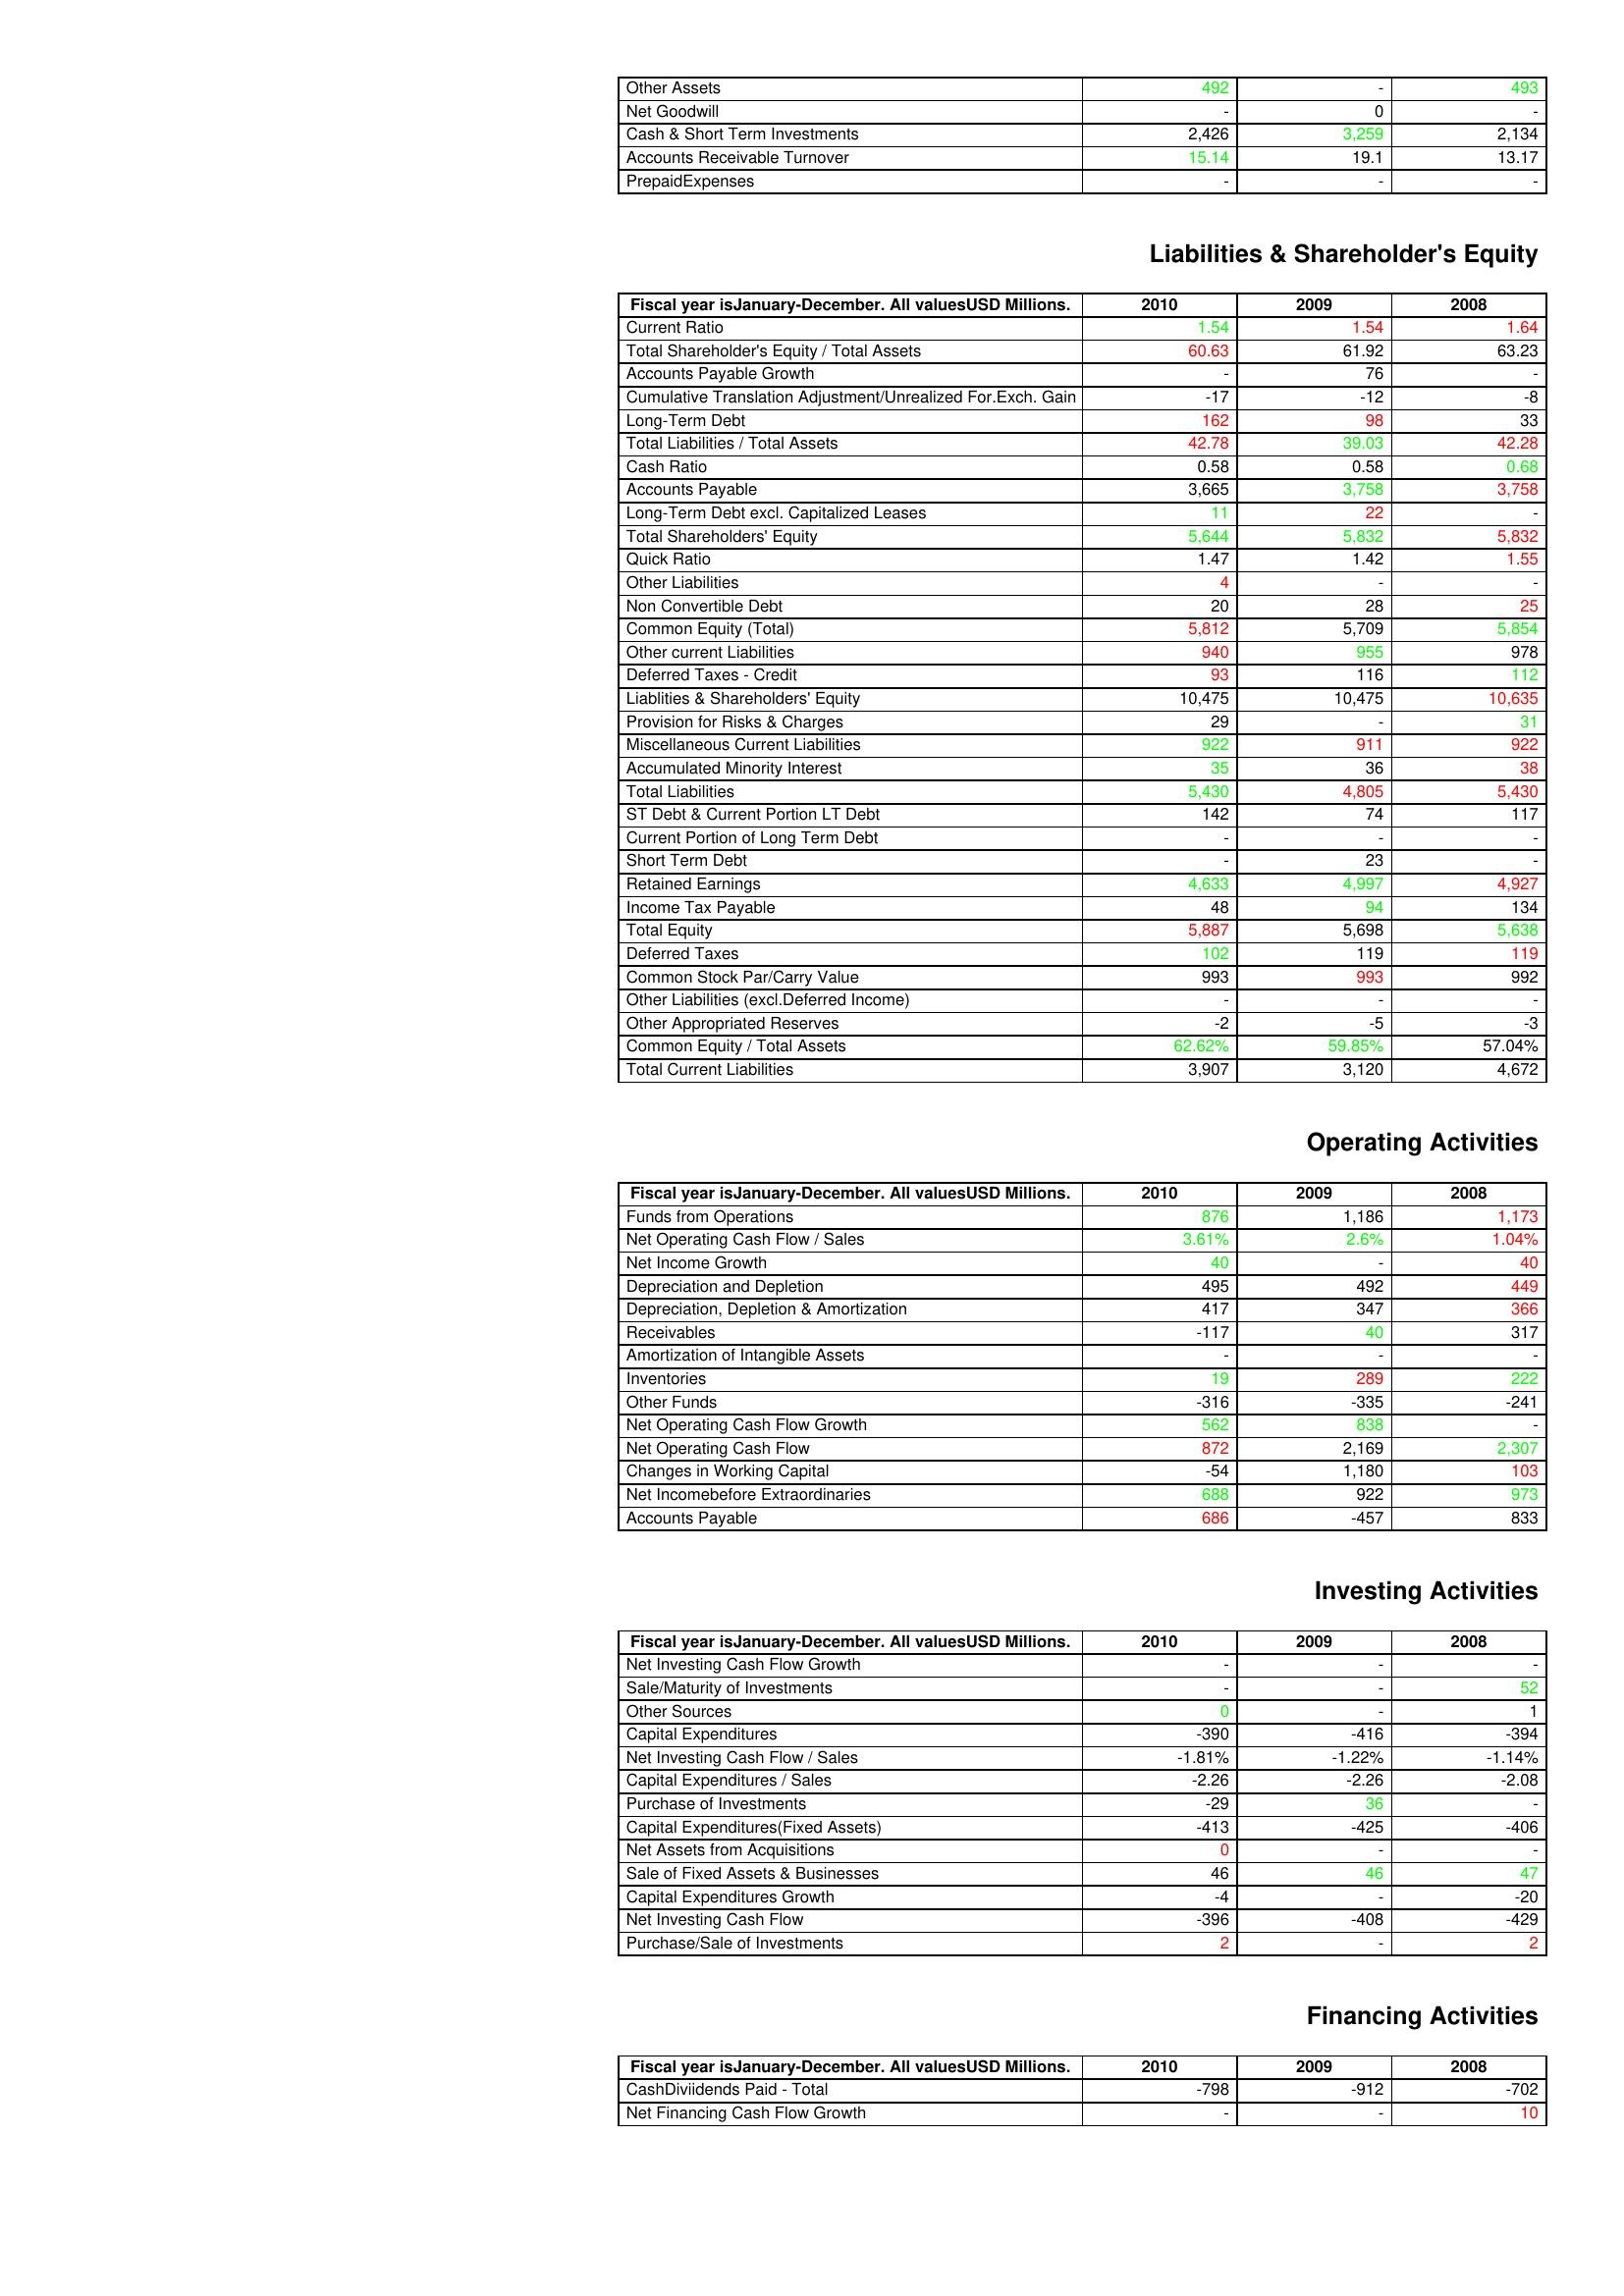
gt_parse: 2010: Assets: Other Assets: 492
Net Goodwill: -
Cash & Short Term Investments: 2,426
Accounts Receivable Turnover: 15.14
PrepaidExpenses: -
Liabilities & Shareholder's Equity: Current Ratio: 1.54
Total Shareholder's Equity / Total Assets: 60.63
Accounts Payable Growth: -
Cumulative Translation Adjustment/Unrealized For.Exch. Gain: -17
Long-Term Debt: 162
Total Liabilities / Total Assets: 42.78
Cash Ratio: 0.58
Accounts Payable: 3,665
Long-Term Debt excl. Capitalized Leases: 11
Total Shareholders' Equity: 5,644
Quick Ratio: 1.47
Other Liabilities: 4
Non Convertible Debt: 20
Common Equity (Total): 5,812
Other current Liabilities: 940
Deferred Taxes - Credit: 93
Liablities & Shareholders' Equity: 10,475
Provision for Risks & Charges: 29
Miscellaneous Current Liabilities: 922
Accumulated Minority Interest: 35
Total Liabilities: 5,430
ST Debt & Current Portion LT Debt: 142
Current Portion of Long Term Debt: -
Short Term Debt: -
Retained Earnings: 4,633
Income Tax Payable: 48
Total Equity: 5,887
Deferred Taxes: 102
Common Stock Par/Carry Value: 993
Other Liabilities (excl.Deferred Income): -
Other Appropriated Reserves: -2
Common Equity / Total Assets: 62.62%
Total Current Liabilities: 3,907
Operating Activities: Funds from Operations: 876
Net Operating Cash Flow / Sales: 3.61%
Net Income Growth: 40
Depreciation and Depletion: 495
Depreciation, Depletion & Amortization: 417
Receivables: -117
Amortization of Intangible Assets: -
Inventories: 19
Other Funds: -316
Net Operating Cash Flow Growth: 562
Net Operating Cash Flow: 872
Changes in Working Capital: -54
Net Incomebefore Extraordinaries: 688
Accounts Payable: 686
Investing Activities: Net Investing Cash Flow Growth: -
Sale/Maturity of Investments: -
Other Sources: 0
Capital Expenditures: -390
Net Investing Cash Flow / Sales: -1.81%
Capital Expenditures / Sales: -2.26
Purchase of Investments: -29
Capital Expenditures(Fixed Assets): -413
Net Assets from Acquisitions: 0
Sale of Fixed Assets & Businesses: 46
Capital Expenditures Growth: -4
Net Investing Cash Flow: -396
Purchase/Sale of Investments: 2
Financing Activities: CashDiviidends Paid - Total: -798
Net Financing Cash Flow Growth: -
2009: Assets: Other Assets: -
Net Goodwill: 0
Cash & Short Term Investments: 3,259
Accounts Receivable Turnover: 19.1
PrepaidExpenses: -
Liabilities & Shareholder's Equity: Current Ratio: 1.54
Total Shareholder's Equity / Total Assets: 61.92
Accounts Payable Growth: 76
Cumulative Translation Adjustment/Unrealized For.Exch. Gain: -12
Long-Term Debt: 98
Total Liabilities / Total Assets: 39.03
Cash Ratio: 0.58
Accounts Payable: 3,758
Long-Term Debt excl. Capitalized Leases: 22
Total Shareholders' Equity: 5,832
Quick Ratio: 1.42
Other Liabilities: -
Non Convertible Debt: 28
Common Equity (Total): 5,709
Other current Liabilities: 955
Deferred Taxes - Credit: 116
Liablities & Shareholders' Equity: 10,475
Provision for Risks & Charges: -
Miscellaneous Current Liabilities: 911
Accumulated Minority Interest: 36
Total Liabilities: 4,805
ST Debt & Current Portion LT Debt: 74
Current Portion of Long Term Debt: -
Short Term Debt: 23
Retained Earnings: 4,997
Income Tax Payable: 94
Total Equity: 5,698
Deferred Taxes: 119
Common Stock Par/Carry Value: 993
Other Liabilities (excl.Deferred Income): -
Other Appropriated Reserves: -5
Common Equity / Total Assets: 59.85%
Total Current Liabilities: 3,120
Operating Activities: Funds from Operations: 1,186
Net Operating Cash Flow / Sales: 2.6%
Net Income Growth: -
Depreciation and Depletion: 492
Depreciation, Depletion & Amortization: 347
Receivables: 40
Amortization of Intangible Assets: -
Inventories: 289
Other Funds: -335
Net Operating Cash Flow Growth: 838
Net Operating Cash Flow: 2,169
Changes in Working Capital: 1,180
Net Incomebefore Extraordinaries: 922
Accounts Payable: -457
Investing Activities: Net Investing Cash Flow Growth: -
Sale/Maturity of Investments: -
Other Sources: -
Capital Expenditures: -416
Net Investing Cash Flow / Sales: -1.22%
Capital Expenditures / Sales: -2.26
Purchase of Investments: 36
Capital Expenditures(Fixed Assets): -425
Net Assets from Acquisitions: -
Sale of Fixed Assets & Businesses: 46
Capital Expenditures Growth: -
Net Investing Cash Flow: -408
Purchase/Sale of Investments: -
Financing Activities: CashDiviidends Paid - Total: -912
Net Financing Cash Flow Growth: -
2008: Assets: Other Assets: 493
Net Goodwill: -
Cash & Short Term Investments: 2,134
Accounts Receivable Turnover: 13.17
PrepaidExpenses: -
Liabilities & Shareholder's Equity: Current Ratio: 1.64
Total Shareholder's Equity / Total Assets: 63.23
Accounts Payable Growth: -
Cumulative Translation Adjustment/Unrealized For.Exch. Gain: -8
Long-Term Debt: 33
Total Liabilities / Total Assets: 42.28
Cash Ratio: 0.68
Accounts Payable: 3,758
Long-Term Debt excl. Capitalized Leases: -
Total Shareholders' Equity: 5,832
Quick Ratio: 1.55
Other Liabilities: -
Non Convertible Debt: 25
Common Equity (Total): 5,854
Other current Liabilities: 978
Deferred Taxes - Credit: 112
Liablities & Shareholders' Equity: 10,635
Provision for Risks & Charges: 31
Miscellaneous Current Liabilities: 922
Accumulated Minority Interest: 38
Total Liabilities: 5,430
ST Debt & Current Portion LT Debt: 117
Current Portion of Long Term Debt: -
Short Term Debt: -
Retained Earnings: 4,927
Income Tax Payable: 134
Total Equity: 5,638
Deferred Taxes: 119
Common Stock Par/Carry Value: 992
Other Liabilities (excl.Deferred Income): -
Other Appropriated Reserves: -3
Common Equity / Total Assets: 57.04%
Total Current Liabilities: 4,672
Operating Activities: Funds from Operations: 1,173
Net Operating Cash Flow / Sales: 1.04%
Net Income Growth: 40
Depreciation and Depletion: 449
Depreciation, Depletion & Amortization: 366
Receivables: 317
Amortization of Intangible Assets: -
Inventories: 222
Other Funds: -241
Net Operating Cash Flow Growth: -
Net Operating Cash Flow: 2,307
Changes in Working Capital: 103
Net Incomebefore Extraordinaries: 973
Accounts Payable: 833
Investing Activities: Net Investing Cash Flow Growth: -
Sale/Maturity of Investments: 52
Other Sources: 1
Capital Expenditures: -394
Net Investing Cash Flow / Sales: -1.14%
Capital Expenditures / Sales: -2.08
Purchase of Investments: -
Capital Expenditures(Fixed Assets): -406
Net Assets from Acquisitions: -
Sale of Fixed Assets & Businesses: 47
Capital Expenditures Growth: -20
Net Investing Cash Flow: -429
Purchase/Sale of Investments: 2
Financing Activities: CashDiviidends Paid - Total: -702
Net Financing Cash Flow Growth: 10